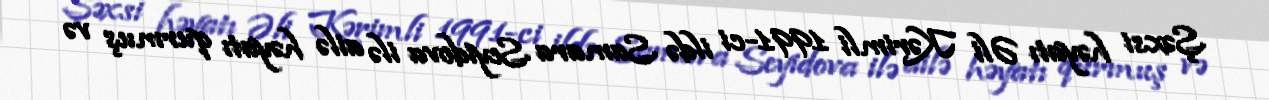
Şəxsi həyatı Əli Kərimli 1991-ci ildə Samara Seyidova ilə ailə həyatı qurmuş və